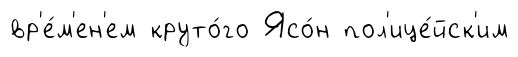
вр'е́м'ен'ем круто́го Ясо́н пол'ице́йск'им